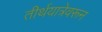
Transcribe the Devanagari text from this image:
तीर्थयात्रेवरून